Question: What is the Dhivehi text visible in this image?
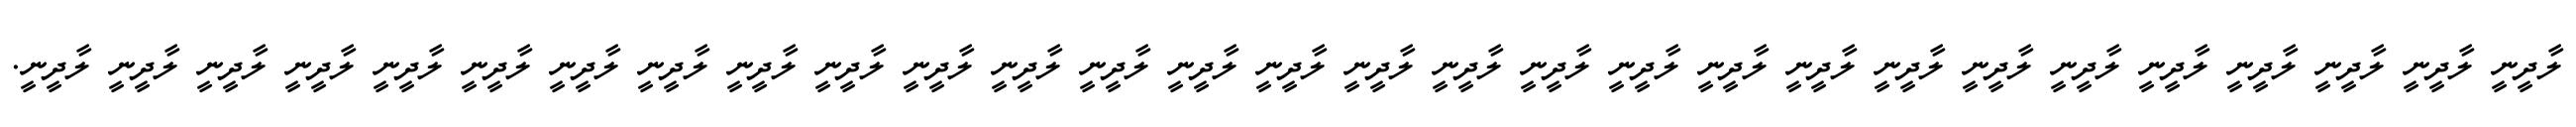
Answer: ލާދީނީ ލާދީނީ ލާދީނީ ލާދީނީ ލާދީނީ ލާދީނީ ލާދީނީ ލާދީނީ ލާދީނީ ލާދީނީ ލާދީނީ ލާދީނީ ލާދީނީ ލާދީނީ ލާދީނީ ލާދީނީ ލާދީނީ ލާދީނީ ލާދީނީ ލާދީނީ ލާދީނީ ލާދީނީ ލާދީނީ ލާދީނީ ލާދީނީ ލާދީނީ ލާދީނީ ލާދީނީ ލާދީނީ.